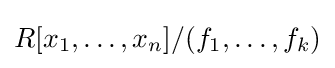
R[x_{1},\ldots ,x_{n}]/(f_{1},\ldots ,f_{k})